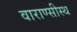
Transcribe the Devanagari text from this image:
वाराण्सीस्थ